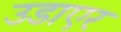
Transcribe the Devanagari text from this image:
उडाएर